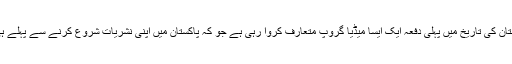
ایگزیکٹ کمپنی پاکستان کی تاریخ میں پہلی دفعہ ایک ایسا میڈیا گروپ متعارف کروا رہی ہے جو کہ پاکستان میں اپنی نشریات شروع کرنے سے پہلے ہی اپنا نام بنا چکا ہے۔